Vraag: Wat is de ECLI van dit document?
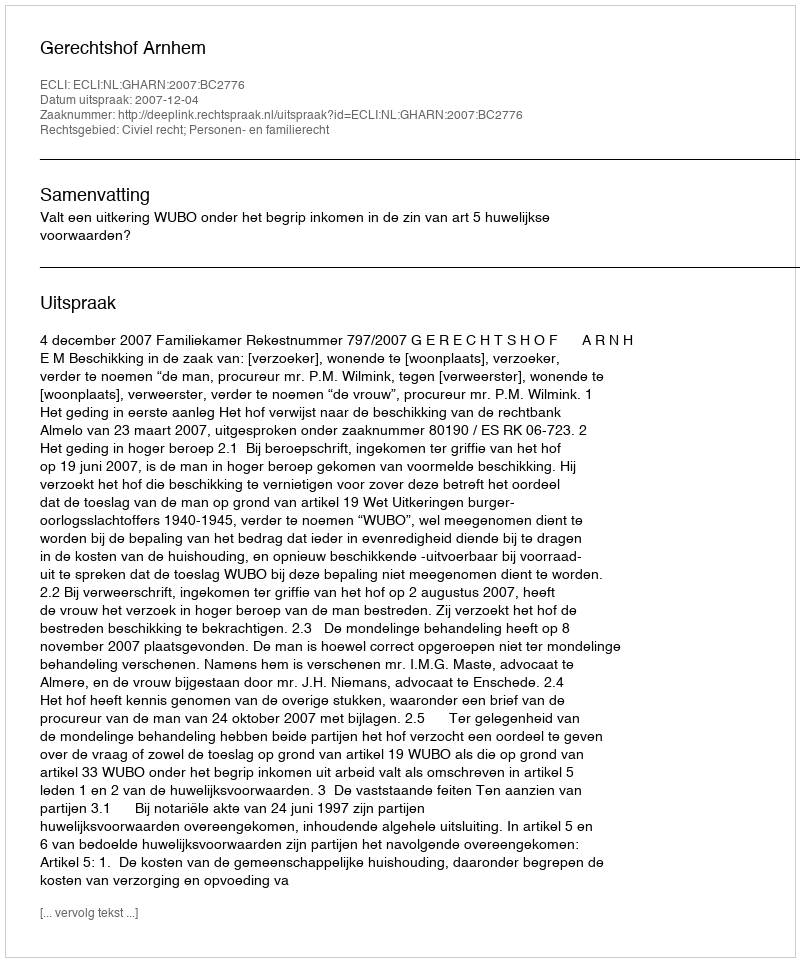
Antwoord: ECLI:NL:GHARN:2007:BC2776